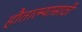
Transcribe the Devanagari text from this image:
हौतात्म्यासाठी